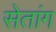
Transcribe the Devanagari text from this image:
सेतांग